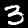
Digit: 3